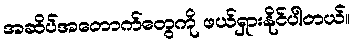
အဆိပ်အတောက်တွေကို ဖယ်ရှားနိုင်ပါတယ်။